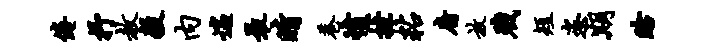
倦抒赦毅内遄最睛巷愤挫粘府放戮短恣期眙